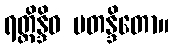
ရတ္တိန္ဒိဝ မတန္ဒိတော။